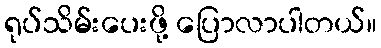
ရုပ်သိမ်းပေးဖို့ ပြောလာပါတယ်။